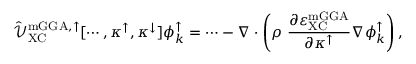
\hat { \mathcal { V } } _ { \mathrm { X C } } ^ { \mathrm { m G G A , \uparrow } } [ \cdots , \kappa ^ { \uparrow } , \kappa ^ { \downarrow } ] \phi _ { k } ^ { \uparrow } = \cdots - \nabla \cdot \left( \rho \ \frac { \partial \varepsilon _ { \mathrm { X C } } ^ { \mathrm { m G G A } } } { \partial \kappa ^ { \uparrow } } \nabla \phi _ { k } ^ { \uparrow } \right) ,